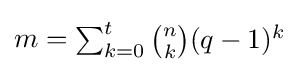
m={\begin{matrix}\sum _{k=0}^{t}{\binom {n}{k}}(q-1)^{k}\end{matrix}}